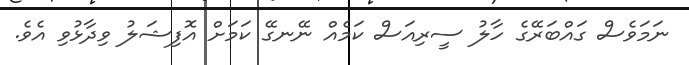
ނަަމަވެސް ގައްބަރޭގެ ހާލު ސީރިއަސް ކަމެއް ނޭނގޭ ކަމަށް އޮފިޝަލު ވިދާޅުވި އެވެ.